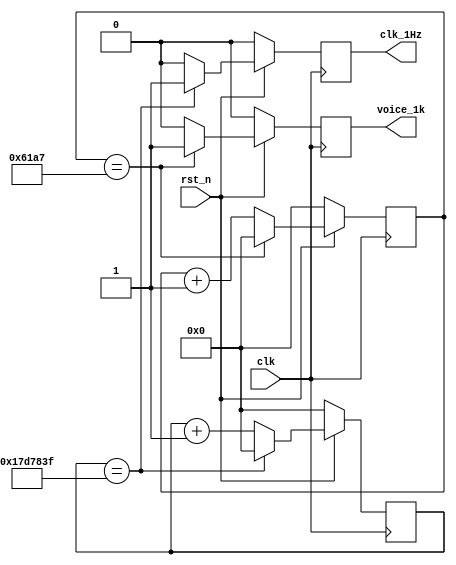
module fenpin(
		clk,
		rst_n,
		clk_1Hz,
		voice_1k
			);
	input clk,rst_n;
	output clk_1Hz;
	output voice_1k;

	reg clk_1Hz,voice_1k;
	reg[25:0] count1,count2;
	always@(posedge clk)
	begin
		if(~rst_n) begin
			count1<=26'b0;
			clk_1Hz<=0;
		end
		else if(count1==26'd24_999_999) begin
			count1<=26'b0;
			clk_1Hz<=1;
		end
		else begin
			count1<=count1+26'b1;
			clk_1Hz<=0;
		end
	end
	always@(posedge clk)
	begin
		if(~rst_n) begin
			count2<=26'b0;
			voice_1k<=0;
			end
		else if(count2==26'd24_999) 
			begin
			count2<=26'b0;
			voice_1k<=1;
			end
		else begin
			count2<=count2+26'b1;
			voice_1k=0;
			end
	end

	
endmodule